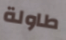
طاولة